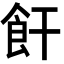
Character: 飦